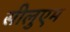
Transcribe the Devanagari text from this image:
सीलुएम